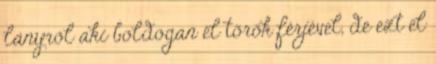
lányról aki boldogan él török férjével, de ezt el